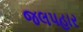
જલપહાર